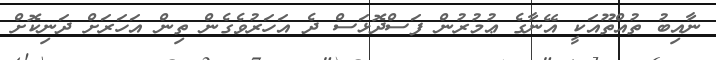
ނާއިބު ތުއްތޫއަކީ އޭނާގެ ޢުމުރުން ފަސްދޮޅަސް ދެ އަހަރުވެގެން ތިން އަހަރަށް ދަނިކޮށް